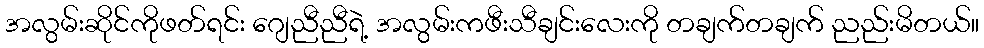
အလွမ်းဆိုင်ကိုဖတ်ရင်း ဂျေညီညီရဲ့ အလွမ်းကဖီးသီချင်းလေးကို တချက်တချက် ညည်းမိတယ်။